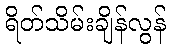
ရိတ်သိမ်းချိန်လွန်